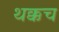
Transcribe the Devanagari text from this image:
थक्कच